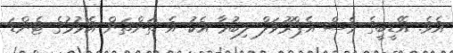
އެވެ. އޭޑީބީގެ ވެސް އެޕްރޫވަލް ލިބުމާ އެކު އެ ތަންތަން އެޅުމުގެ ޓެންޑަ